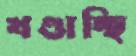
খণ্ডাচ্ছি